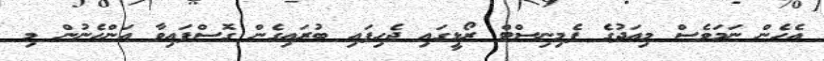
އެހެން ނަމަވެސް މިއަދުގެ ފެމިނިސްޓް ރޯޅީގައި ޖެހިފައި ބުރައިގެން ގޮސްފައިވާ އަންހެނުން މި